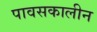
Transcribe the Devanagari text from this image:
पावसकालीन